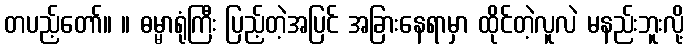
တပည့်တော်။ ။ ဓမ္မာရုံကြီး ပြည့်တဲ့အပြင် အခြားနေရာမှာ ထိုင်တဲ့လူလဲ မနည်းဘူးလို့